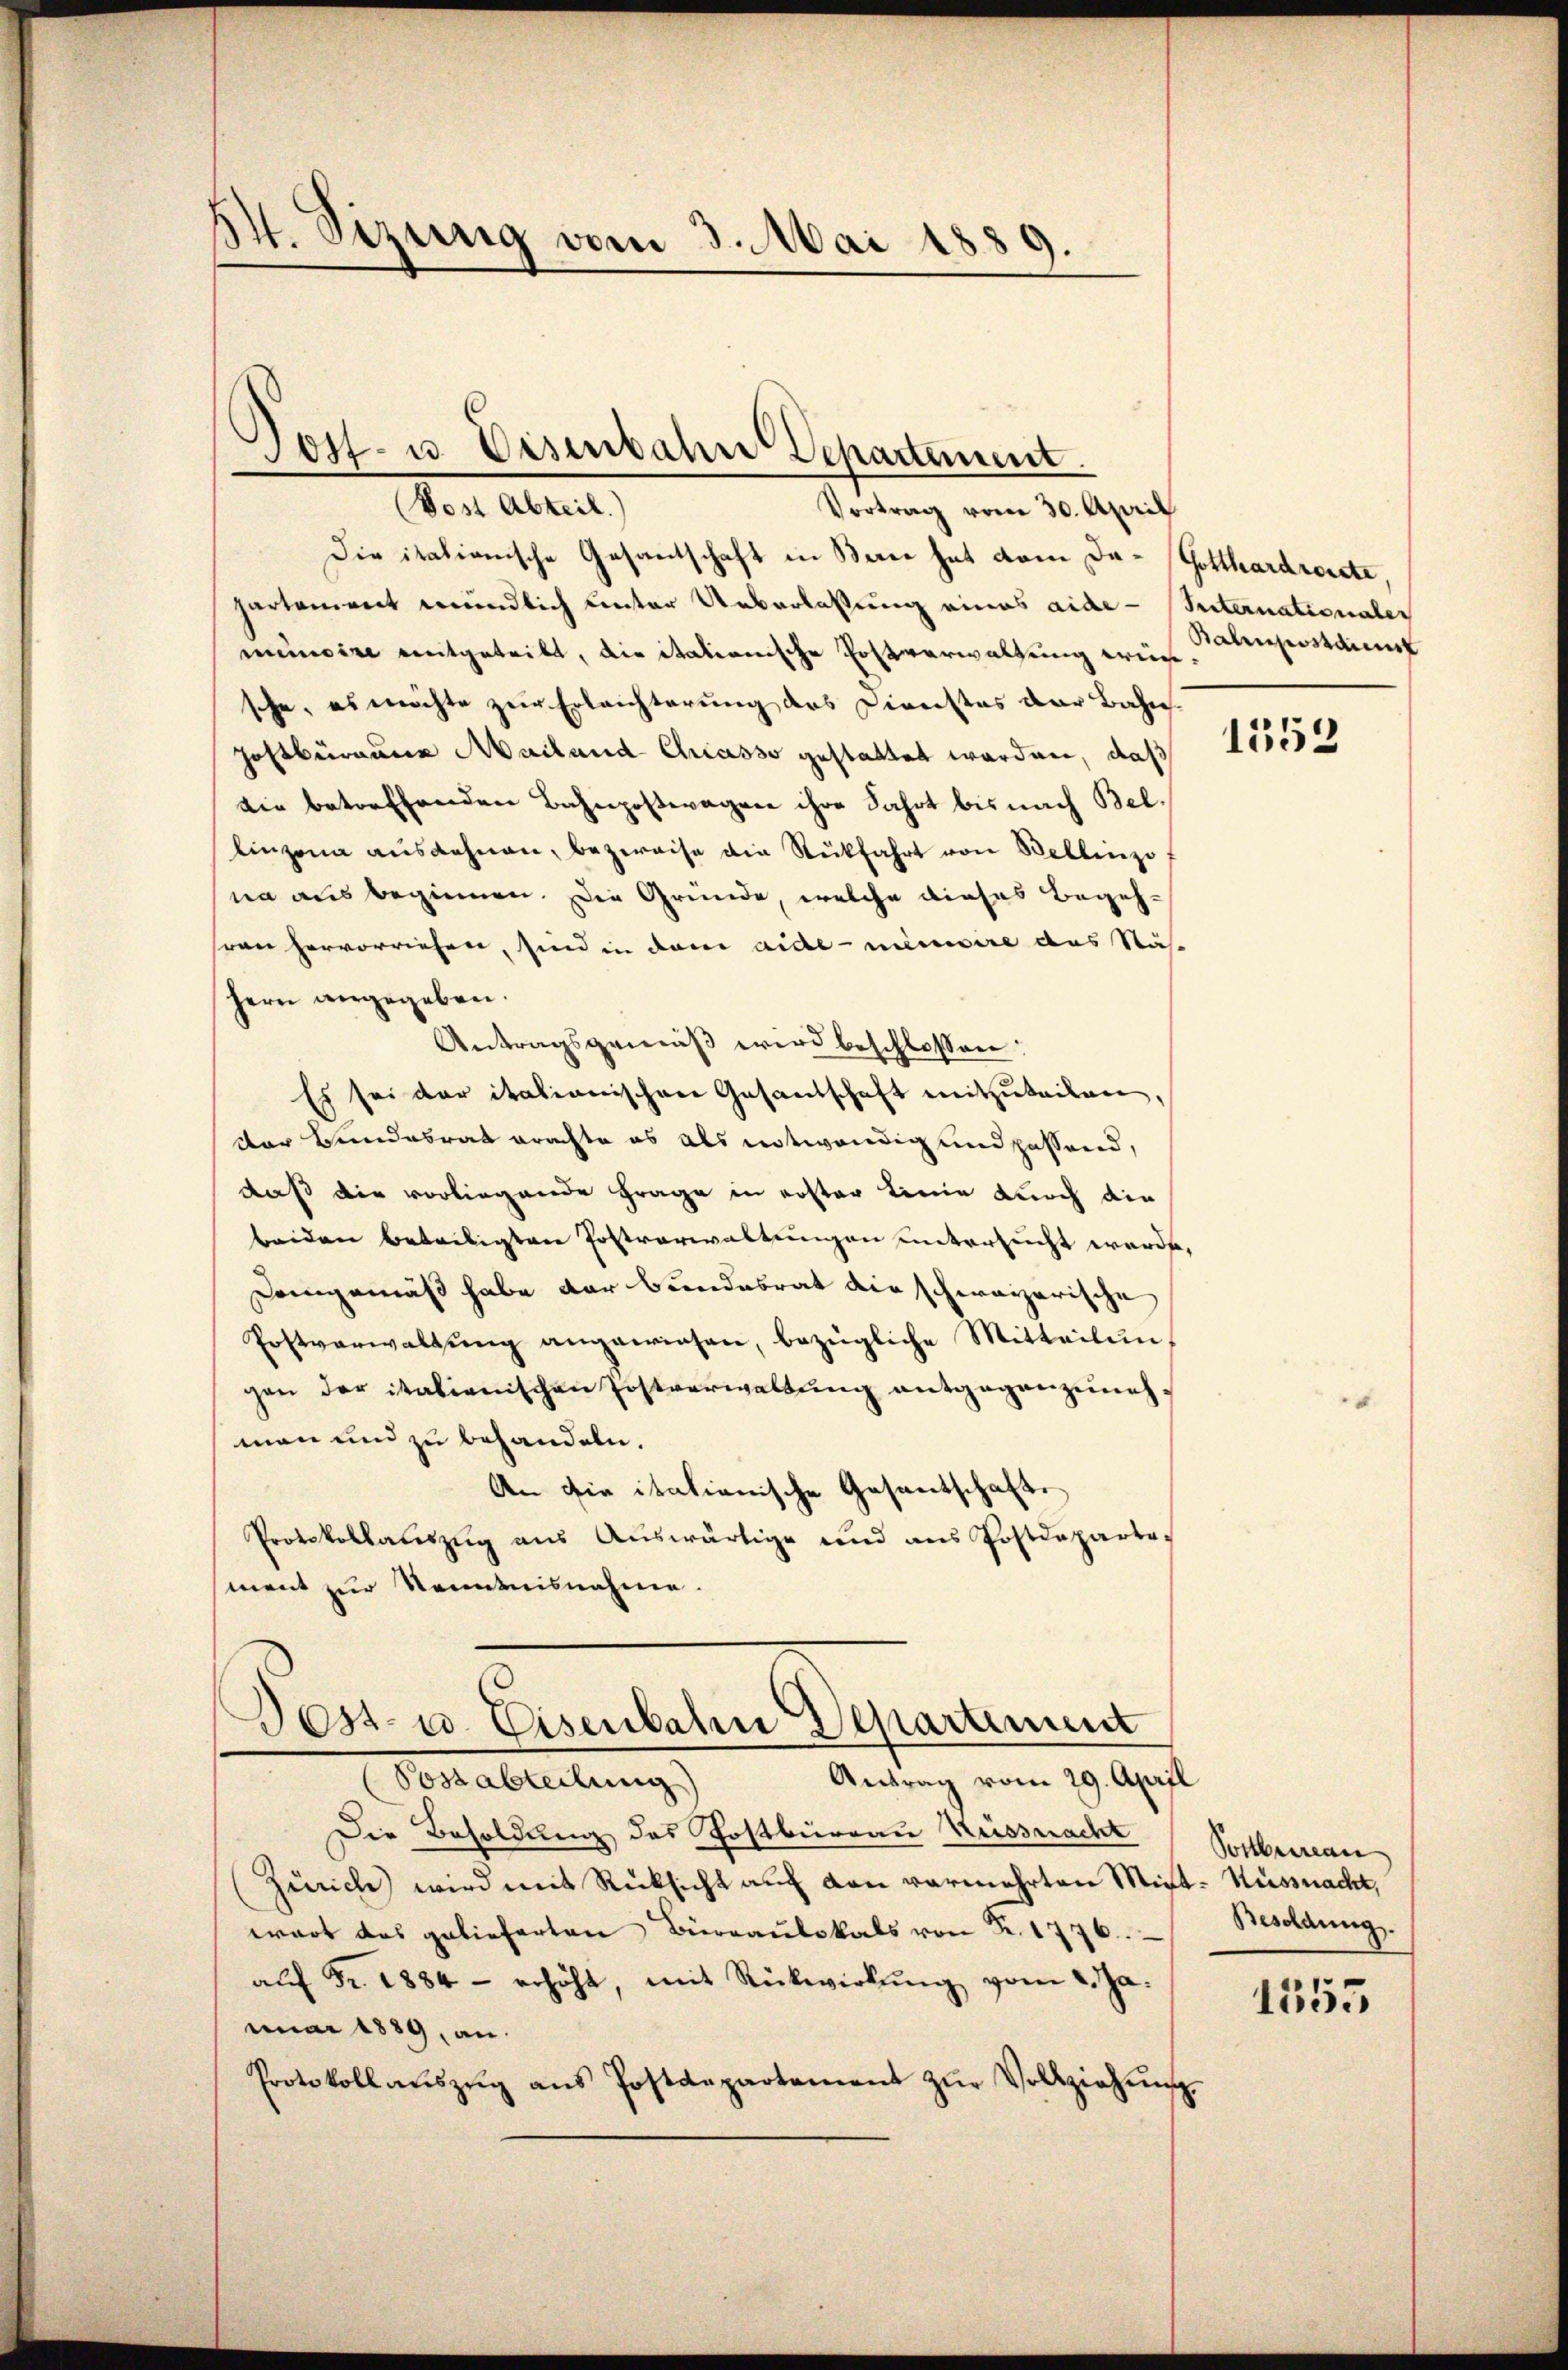
It. Sizung vom 3. Mai 1889.

Jost- u. Eisenbahn Departement.
(Vost Abteil)
Vortrag vom 30. April

Die italionische Gesantschaft in Berne hat vom Da- Gotthardrosste,
partement mündlich unter Ueberlassung eines aide-Internationales
miinoire mitgeteilt, die itationische Postverwaltung weise
sche, es möchte zur Erleichterung des Dienstes der Bahn
Zostburaume Mailand Chiasso gestattet worden, daß
die betreffenden Bahnpostwagen ihre Fahrt bis nach Bellinzona ausdehnen, bezweife die Stückfahrt von Bellinzo
na aus beginnen. Die Gründe, welche dieses Begehsren hervorriehen, sind in dem Aidemanisire das Nähe
hern angegeben.
Antragsgemäß wird beschlossen:
Es sei der italianischen Gesandschaft mitzuteilen
dor Bundesrat erachte es als notwendig und passend,
daß die vorliegende Frage in erster Linie durch die
beiden Beteiligten Postverwaltungen untersucht werde.
Demgemäß habe der Bundesrat die schweizerische
Postverwaltŭng angewiesen, bezügliche Mitteilŭng
gen der italienischen Postverwaltŭng entgegenzunehman und zu behandeln.
An die italienische Gesantschafts
Protokollaŭszŭg aŭs Aŭswärtige und ans Postdeparte
ment zur Kenntnisnahme.

Dost- u. Eisenbahn Departement
Antrag vom 29. April
Aostableitung

Die Besoldung des Postbüreau Kesswacht
Zürich) wird mit Rücksicht auf den vermehrten Miet- Küssnacht,
wart das gelieferten Büreaŭlokals von Fr. 1776.
aŭf Fr. 1884 - erhöht, mit Rückwirkung vom 2. Ja.
nuar 1889, an
Protokoll aŭszŭg ans Postdepartement zŭr Vollziehŭng.

Balinpostamens

1553

Postbureau
Besoldung.

1555